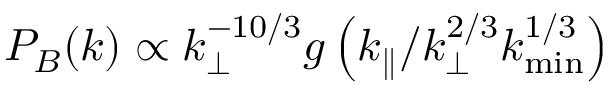
P _ { B } ( \boldsymbol { k } ) \propto k _ { \perp } ^ { - 1 0 / 3 } g \left( k _ { \parallel } / k _ { \perp } ^ { 2 / 3 } k _ { \mathrm { m i n } } ^ { 1 / 3 } \right)